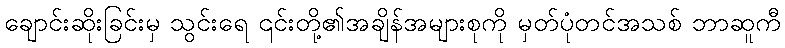
ချောင်းဆိုးခြင်းမှ သွင်းရေ ၎င်းတို့၏အချိန်အများစုကို မှတ်ပုံတင်အသစ် ဘာဆူကီ